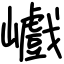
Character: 巇